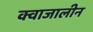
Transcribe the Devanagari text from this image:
क्वाजालीन